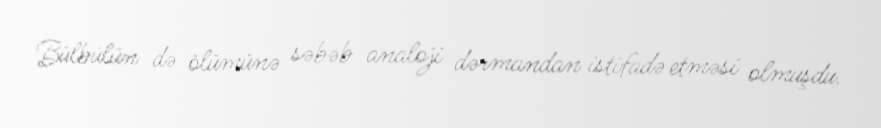
Bülbülün də ölümünə səbəb analoji dərmandan istifadə etməsi olmuşdu.